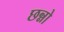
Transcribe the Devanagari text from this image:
छन्नो